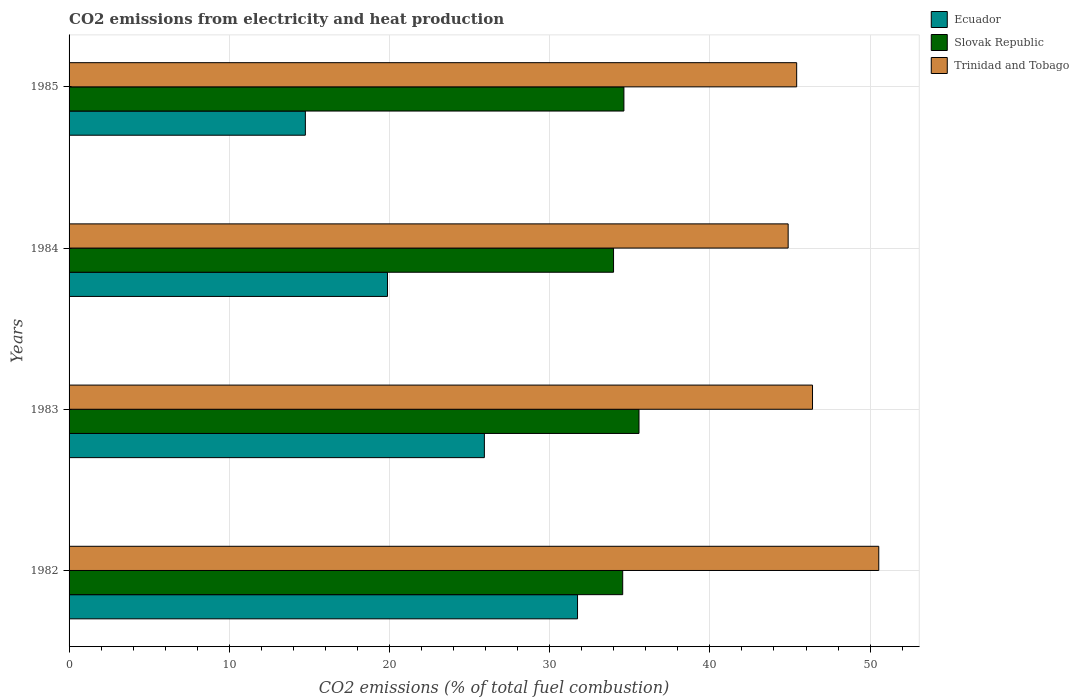
| Years | Ecuador | Slovak Republic | Trinidad and Tobago |
 | --- | --- | --- | --- |
 | 1982 | 31.7 | 34.6 | 50.5 |
 | 1983 | 25.9 | 35.6 | 46.4 |
 | 1984 | 19.9 | 34 | 44.9 |
 | 1985 | 14.7 | 34.6 | 45.4 |